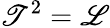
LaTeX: \mathscr{T}^{2}={\mathscr{L}}